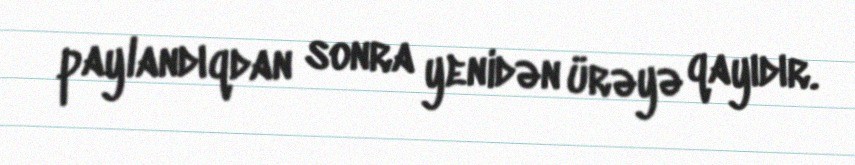
paylandıqdan sonra yenidən ürəyə qayıdır.